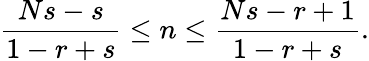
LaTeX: \frac{Ns-s}{1-r+s}\leq n\leq\frac{Ns-r+1}{1-r+s}.